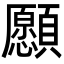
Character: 𩕮